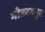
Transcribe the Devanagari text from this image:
मोज्जमपुर